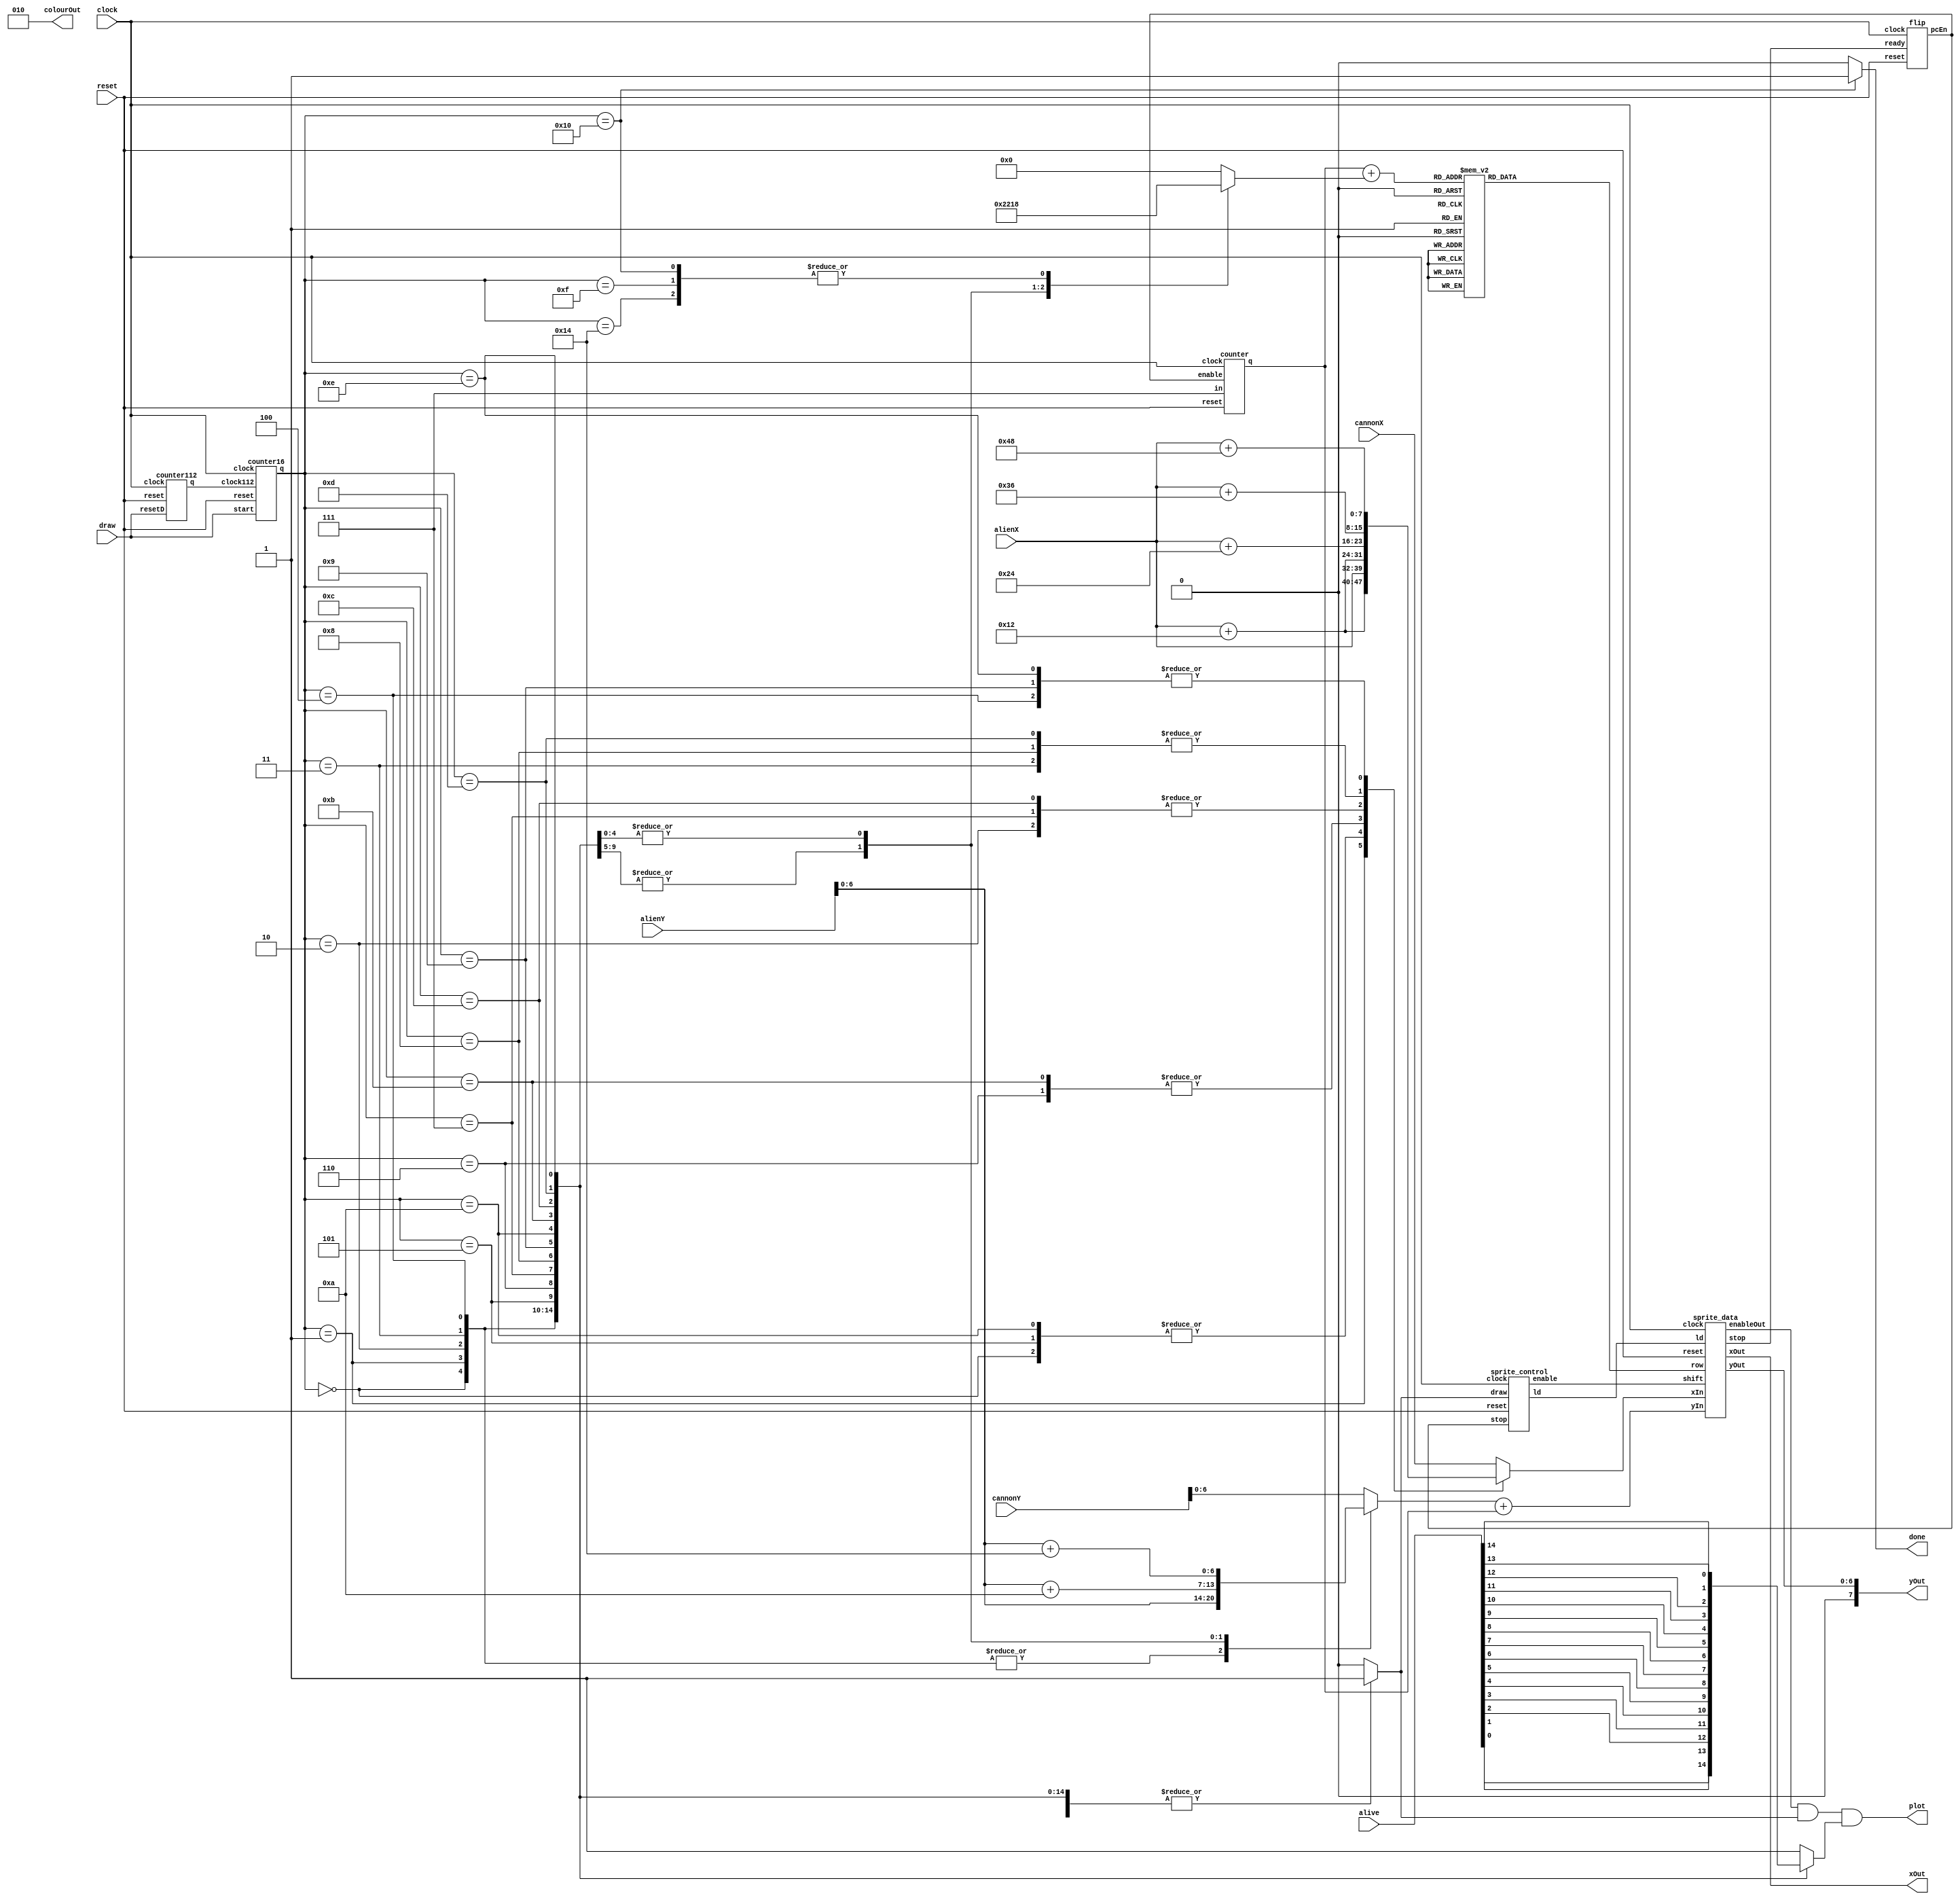
module render_sprites(
	input clock,	//put clock 50 into this
	input draw,		//put rate divider into this
	input reset,	//put reset into this
	input[7:0] cannonX,
	input[7:0] cannonY,
	input[7:0] alienX,
	input[7:0] alienY,
	input[14:0] alive,	//does nothing right now
	output reg[7:0] xOut,	//send to VGA x
	output reg[7:0] yOut,	//send to VGA y
	output [2:0] colourOut,
	output reg plot, 			//send to VGA writeEn
	output reg done);						
	
	wire [2:0] yAdd;
	wire [4:0] update;		//update row, x, and y
	reg [4:0] rowBlock;		//this and yAdd define row to be taken
	wire ld, enable, plotOut, stop, clock112Out;
	reg [7:0] xPos;
	reg [6:0] yPos;
	wire [7:0] x;
	wire [6:0] y;
	wire [7:0] xOutW;
	wire [6:0] yOutW;
	reg [12:0] row;
	reg fsmStart;
	wire st;
	reg alienAlive;
	
	localparam row0 = 13'b0001000001000,
				  row1 = 13'b0000100010000,
				  row2 = 13'b0001111111000,
				  row3 = 13'b0011011101100,
				  row4 = 13'b0111111111110,
				  row5 = 13'b0101111111010,
				  row6 = 13'b0101000001010,
				  row7 = 13'b0000110110000,
				  row8 = 13'b0000001100000,
				  row9 = 13'b0000011110000,
				  row10 = 13'b0000111111000,
				  row11 = 13'b0001101101100,
				  row12 = 13'b0001111111100,
				  row13 = 13'b0000010010000,
				  row14 = 13'b0000101101000,
				  row15 = 13'b0001010010100,
				  row16 = 13'b0000011110000,
				  row17 = 13'b0011111111110,
				  row18 = 13'b0111111111111,
				  row19 = 13'b0111001100111,
				  row20 = 13'b0111111111111,
				  row21 = 13'b0000110011000,
				  row22 = 13'b0001101101100,
				  row23 = 13'b0110000000011,
				  row24 = 13'b0000001000000,
				  row25 = 13'b0000011100000,
				  row26 = 13'b0000011100000,
				  row27 = 13'b0111111111110,
				  row28 = 13'b1111111111111,
				  row29 = 13'b1111111111111,
				  row30 = 13'b1111111111111,
				  row31 = 13'b1111111111111;
	
	counter112 count112(clock, draw, reset, clock112Out);
	counter16 count16(clock, clock112Out, reset, draw, update);
	
	//Based on state of counter 16, update x, y, and row
	always@(*) begin
		case(update)
			5'd0: begin
			xPos = alienX;
			yPos = alienY;
			rowBlock = 5'b0;
			fsmStart = 1'b1;
			alienAlive = alive[0];
			done = 1'b0;
			end
			5'd1: begin 
			xPos = alienX + 5'd18;
			yPos = alienY;
			rowBlock = 5'b0;
			fsmStart = 1'b1;
			alienAlive = alive[1];
			done = 1'b0;
			end
			5'd2: begin 
			xPos = alienX + 7'd36;
			yPos = alienY;
			rowBlock = 5'b0;
			fsmStart = 1'b1;
			alienAlive = alive[2];
			done = 1'b0;
			end
			5'd3: begin 
			xPos = alienX + 7'd54;
			yPos = alienY;
			rowBlock = 5'b0;
			fsmStart = 1'b1;
			alienAlive = alive[3];
			done = 1'b0;
			end
			5'd4: begin 
			xPos = alienX + 7'd72;
			yPos = alienY;
			rowBlock = 5'b0;
			fsmStart = 1'b1;
			alienAlive = alive[4];
			done = 1'b0;
			end
			5'd5: begin
			xPos = alienX;
			yPos = alienY + 4'd10;
			rowBlock = 5'd8;
			fsmStart = 1'b1;
			alienAlive = alive[5];
			done = 1'b0;
			end
			5'd6: begin
			xPos = alienX + 7'd18;
			yPos = alienY + 4'd10;
			rowBlock = 5'd8;
			fsmStart = 1'b1;
			alienAlive = alive[6];
			done = 1'b0;
			end
			5'd7: begin
			xPos = alienX + 7'd36;
			yPos = alienY + 4'd10;
			rowBlock = 5'd8;
			fsmStart = 1'b1;
			alienAlive = alive[7];
			done = 1'b0;
			end
			5'd8: begin
			xPos = alienX + 7'd54;
			yPos = alienY + 4'd10;
			rowBlock = 5'd8;
			fsmStart = 1'b1;
			alienAlive = alive[8];
			done = 1'b0;
			end
			5'd9: begin
			xPos = alienX + 7'd72;
			yPos = alienY + 4'd10;
			rowBlock = 5'd8;
			fsmStart = 1'b1;
			alienAlive = alive[9];
			done = 1'b0;
			end
			5'd10: begin
			xPos = alienX;
			yPos = alienY + 5'd20;
			rowBlock = 5'd16;
			fsmStart = 1'b1;
			alienAlive = alive[10];
			done = 1'b0;
			end
			5'd11: begin
			xPos = alienX + 7'd18;
			yPos = alienY + 5'd20;
			rowBlock = 5'd16;
			fsmStart = 1'b1;
			alienAlive = alive[11];
			done = 1'b0;
			end
			5'd12: begin
			xPos = alienX + 7'd36;
			yPos = alienY + 5'd20;
			rowBlock = 5'd16;
			fsmStart = 1'b1;
			alienAlive = alive[12];
			done = 1'b0;
			end
			5'd13: begin
			xPos = alienX + 7'd54;
			yPos = alienY + 5'd20;
			rowBlock = 5'd16;
			fsmStart = 1'b1;
			alienAlive = alive[13];
			done = 1'b0;
			end
			5'd14: begin
			xPos = alienX + 7'd72;
			yPos = alienY + 5'd20;
			rowBlock = 5'd16;
			fsmStart = 1'b1;
			alienAlive = alive[14];
			done = 1'b0;
			end
			5'd15: begin
			xPos = cannonX;
			yPos = cannonY;
			rowBlock = 5'd24;
			fsmStart = 1'b1;
			alienAlive = 1'b1;
			done = 1'b0;
			end
			5'd16: begin
			xPos = cannonX;
			yPos = cannonY;
			rowBlock = 5'd24;
			fsmStart = 1'b0;
			alienAlive = 1'b1;
			done = 1'b1;
			end
			5'd20: begin
			xPos = cannonX;
			yPos = cannonY;
			rowBlock = 5'd24;
			fsmStart = 1'b0;
			alienAlive = 1'b1;
			done = 1'b0;
			end
			default: begin
			xPos = cannonX;
			yPos = cannonY;
			rowBlock = 5'd0;
			fsmStart = 1'b0;
			alienAlive = 1'b1;
			done = 1'b0;
			end
		endcase
	end
	
	always@(*) begin
		case(yAdd+rowBlock)
		5'd0: row = row0;
		5'd1: row = row1;
		5'd2: row = row2;
		5'd3: row = row3;
		5'd4: row = row4;
		5'd5: row = row5;
		5'd6: row = row6;
		5'd7: row = row7;
		5'd8: row = row8;
		5'd9: row = row9;
		5'd10: row = row10;
		5'd11: row = row11;
		5'd12: row = row12;
		5'd13: row = row13;
		5'd14: row = row14;
		5'd15: row = row15;
		5'd16: row = row16;
		5'd17: row = row17;
		5'd18: row = row18;
		5'd19: row = row19;
		5'd20: row = row20;
		5'd21: row = row21;
		5'd22: row = row22;
		5'd23: row = row23;
		5'd24: row = row24;
		5'd25: row = row25;
		5'd26: row = row26;
		5'd27: row = row27;
		5'd28: row = row28;
		5'd29: row = row29;
		5'd30: row = row30;
		5'd31: row = row31;
		default: row = row0;
		endcase
	end
	
	
	sprite_control spriteControl1(clock, reset, fsmStart, st, ld, enable);
	sprite_data spriteData1(clock, reset, ld, enable, x, (y + yAdd), row, xOutW, yOutW, plotOut, stop);
	counter c1(clock, reset, st, 3'd7, yAdd);
	flip flipStop(st, reset, clock, stop);

	assign x = xPos;
	assign y = yPos;
	assign colourOut = 3'b10;
	always@(*) begin
		xOut <= xOutW;
		yOut <= yOutW;
		plot <= (plotOut && fsmStart && alienAlive);
	end

endmodule


module flip (output pcEn, input reset, input clock, input ready);
reg state;
		reg count;

		always@(negedge clock) begin
			if(!reset) begin
				state <= 1'b0;
			end
			else begin
				if(count) begin
					state <= 1'b1;
				end
				else begin
					state <= 1'b0;
				end
			end
		end
		
		always@(posedge clock) begin
			if(!reset) begin
				count <= 1'b0;
			end
			else if(ready) begin
				count <= 1'b1;
			end
			else begin
				count <= 1'b0;
			end
		end
		
assign pcEn = (state != ready) && !(ready == 0 && state == 1);

endmodule


//sends a pulse out every 112 clock cycles
module counter112(
	input clock,
	input resetD,
	input reset, 
	output reg q);
	reg [6:0] count;
	
	always@(posedge clock) begin
		if(!reset) begin
			count <= 7'd0;
			q <= 1'b0;
		end
		else if(resetD) begin
			count <= 7'd0;
			q <= 1'b0;
		end
		else begin
			if(count > 7'd0) begin
				count <= count - 1'b1;
				q = 1'b0;
			end
			else begin
				count <= 7'd111;
				q <= 1'b1;
			end
		end
	end
	
endmodule

//takes in a pulse to start counting up from 0 to 15, stopping once it gets there
//outputs a number from 0-15
module counter16(
	input clock,
	input clock112,
	input reset,
	input start,
	output reg[4:0] q);
	
	reg[4:0] count;
	
	always@(posedge clock) begin
		if(!reset) begin
			count <= 5'd21;
			q <= 5'd21;
		end
		else if(count == 5'd20) begin
			count <= 5'd21;
			q <= 5'd20;
		end
		else if(start) begin
				count <= 5'd0;
				q <= count[4:0];
			end
		else if(clock112) begin
			if(count < 5'd16) begin
				count <= count + 1'b1;
				q <= count[4:0];
				end
			else if(count == 5'd16) begin
				count <= 5'd20;
				q <= 5'd16;
			end
		end
	end
endmodule

module sprite_control(
	input clock, 
	input reset, 
	input draw,			//shift bits out to be drawn
	input stop,			//load bits into shifter
	output reg ld, 
	output reg enable);
	
	reg[4:0] current_state, next_state;
	
	localparam LOAD = 1'd0,
				  SHIFT = 1'd1;
				  
	always@(*)
	begin: state_table
			case(current_state)
				LOAD: next_state = draw ? SHIFT : LOAD;
				SHIFT: next_state = stop ? LOAD : SHIFT;
				default: next_state = LOAD;
			endcase
	end
	
	always@(*)
	begin
		ld = 1'b0;
		enable = 1'b0;
		case(current_state)
			LOAD:begin
				ld = 1'b1;
				end
			SHIFT:begin
				enable = 1'b1;
				end
			endcase
	end
	
	always@(posedge clock)
	begin: state_FFs
			if(!reset)
				current_state <= LOAD;
			else
				current_state <= next_state;
	end
endmodule

module sprite_data(
	input clock,
	input reset,
	input ld,						//load state on
	input shift,					//shift state on
	input [7:0]xIn,
	input [6:0]yIn,
	input [12:0]row,
	output reg [7:0] xOut,
	output reg [6:0] yOut,
	output reg enableOut, 		//turn on the plot of VGA
	output reg stop);				//send to control to move to next state
	
	reg s;
	reg [3:0]count;
	wire shiftOut;
	
	always@(posedge clock)
	begin
		if(!reset) begin
		xOut <= 8'd0;
		yOut <= 7'd0;
		count <= 4'd0;
		stop <= 1'b0;
		enableOut <= 1'b0;
		end
		else begin
			if(ld) begin							//load in pos and reset count
				xOut <= xIn;
				yOut <= yIn;
				enableOut <= shiftOut;
				count <= 1'b0;
			end
			if(shift) begin
				if(count < 4'd11) begin			//plot equals shifter bit
					enableOut <= shiftOut;
					stop <= 1'b0;
					end
				else begin
					stop <= 1'b1;						//go to next state
					enableOut <= shiftOut;
					end
				count <= count + 1'b1;				//increase x coord
				xOut <= xOut + 1'b1;
			end
		end
	end
	
	shifter alien_shifter(clock, shift, ld, row, shiftOut);
	
endmodule
	
module shifter(
	input clock,
	input draw,					//tells when to start drawing
	input load,					//loads in a value
	input[12:0] value,
	output reg q);				//bit to be drawn

	reg[12:0] n;
	
	always@(negedge clock) begin
		if(load)begin
			n <= value;
			end
		if(draw) begin
			n <= n >> 1'b1;
		end
	end
	
	always@(*) begin
		q <= n[0];
	end
endmodule

module counter(
	input clock,
	input reset,
	input enable,
	input [2:0]in,
	output reg[2:0] q);
	
	reg[2:0] count;
	
	always@(posedge clock) begin
		if(!reset)begin
			count <= 3'd0;
			end
		else begin
			if (enable) begin
				if(count < in) begin
					count <= count + 1'b1;
					end
				else begin
					count <= 3'b0;
					end
				end
			end
	end
	
	always@(*) begin
		q <= count;
	end
endmodule